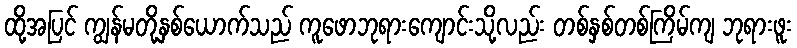
ထို့အပြင် ကျွန်မတို့နှစ်ယောက်သည် ကူဖောဘုရားကျောင်းသို့လည်း တစ်နှစ်တစ်ကြိမ်ကျ ဘုရားဖူး